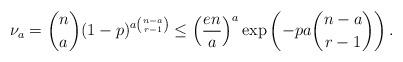
LaTeX: \begin{align*} \nu_a = \binom{n}{a} (1-p)^{a \binom{n-a}{r-1}} \le \left(\frac{en}{a}\right)^a \exp\left(-p a \binom{n-a}{r-1}\right).\end{align*}